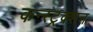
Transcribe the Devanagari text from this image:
कन्‍स्‍ट्रक्‍शन